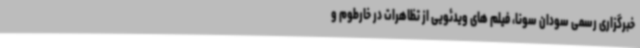
خبرگزاری رسمی سودان سونا، فیلم های ویدئویی از تظاهرات در خارطوم و